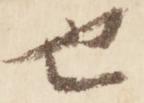
也